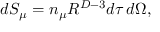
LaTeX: d S _ { \mu } = n _ { \mu } R ^ { D - 3 } d \tau \, d \Omega ,